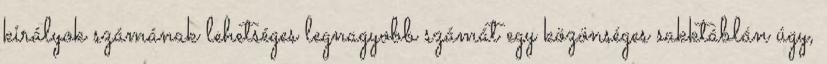
királyok számának lehetséges legnagyobb számát egy közönséges sakktáblán úgy,